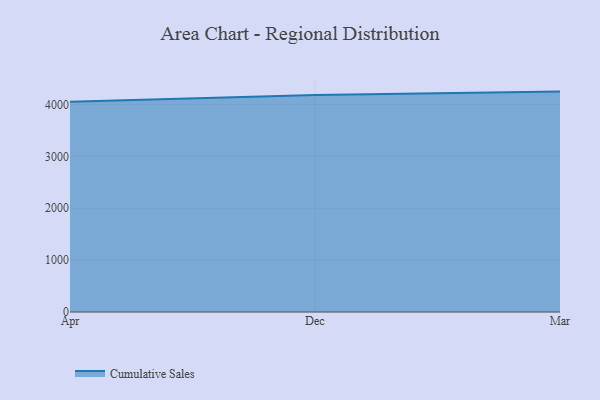
{"axis": {"x": "Month", "y": "Waste Production (Tons)"}, "legend": ["Cumulative Sales"], "data": [{"x": "Apr", "y": 4055.0, "type": "Cumulative Sales"}, {"x": "Dec", "y": 4185.3, "type": "Cumulative Sales"}, {"x": "Mar", "y": 4249.4, "type": "Cumulative Sales"}]}